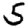
Digit: 5